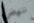
ننهض